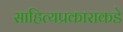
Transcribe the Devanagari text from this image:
साहित्यप्रकाराकडे